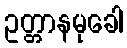
ဥတ္တာနမုခေါ